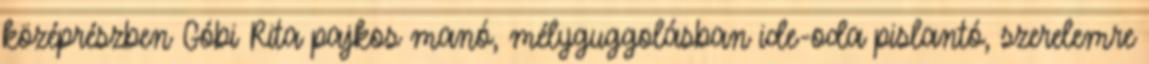
középrészben Góbi Rita pajkos manó, mélyguggolásban ide-oda pislantó, szerelemre